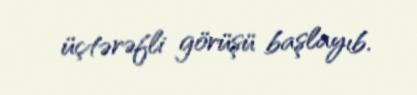
üçtərəfli görüşü başlayıb.